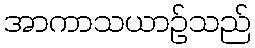
အာကာသယာဉ်သည်